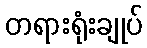
တရားရုံးချုပ်